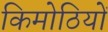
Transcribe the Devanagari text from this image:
किमोठियों